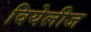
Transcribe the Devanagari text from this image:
वियेलीज